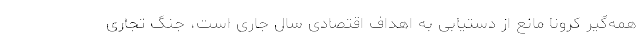
همه‌گیر کرونا مانع از دستیابی به اهداف اقتصادی سال جاری است، جنگ تجاری